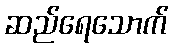
ဆည်ရေသောက်